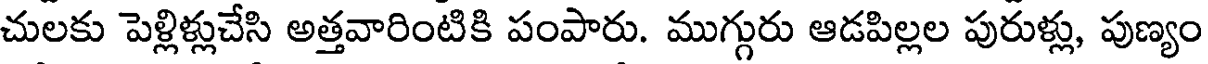
చులకు పెళ్లిళ్లుచేసి అత్తవారింటికి పంపారు. ముగ్గురు ఆడపిల్లల పురుళ్లు, పుణ్యం